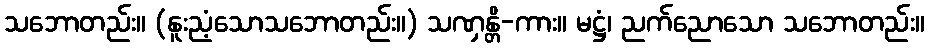
သဘောတည်း။ (နူးညံ့သောသဘောတည်း။) သဏှန္တိ-ကား။ မဋ္ဌံ၊ ညက်ညောသော သဘောတည်း။